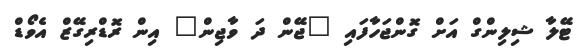
ޓޭލާ ޝިލިންގް އަށް ގޮންޖަހާފައި "ޖޭން ދަ ވާޖިން" އިން ރޮޑްރިގޭޒް އެވޯޑް